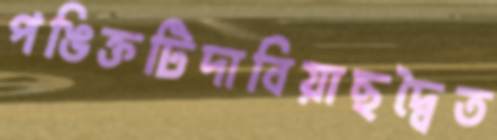
পঙিক্তটিদাবিয়াছদ্বৈত